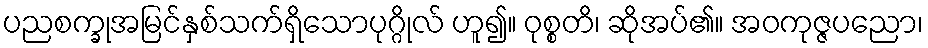
ပညစက္ခုအမြင်နှစ်သက်ရှိသောပုဂ္ဂိုလ် ဟူ၍။ ဝုစ္စတိ၊ ဆိုအပ်၏။ အဝကုဇ္ဇပညော၊